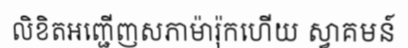
លិខិតអញ្ជើញសភាម៉ារ៉ុកហើយ ស្វាគមន៍